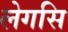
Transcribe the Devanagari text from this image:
लेगसि